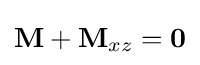
\mathbf {M} +\mathbf {M} _{xz}=\mathbf {0}